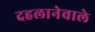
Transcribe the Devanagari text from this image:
दहलानेवाले